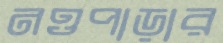
নওপাড়ার